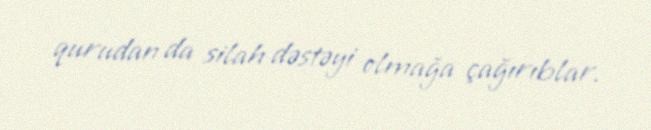
qurudan da silah dəstəyi olmağa çağırıblar.